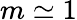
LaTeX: m\simeq 1